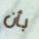
بأن